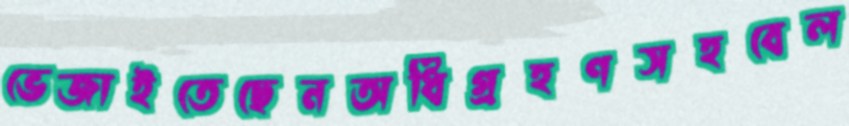
ভেজাইতেছেনঅধিগ্রহণসহবেল